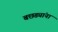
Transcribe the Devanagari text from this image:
बछड्यांना